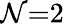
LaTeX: \mathcal{N}{=}2